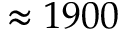
\approx 1 9 0 0